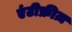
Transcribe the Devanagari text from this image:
एंटीफ्रीज़